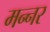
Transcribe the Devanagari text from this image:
मन्नर